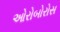
ઓરોબોરોસ